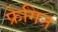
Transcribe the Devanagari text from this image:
फ्रेगिन